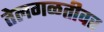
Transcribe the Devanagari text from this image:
तेलगळतीवर